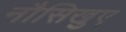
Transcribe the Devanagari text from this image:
नौसिखुए